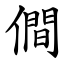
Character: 僴